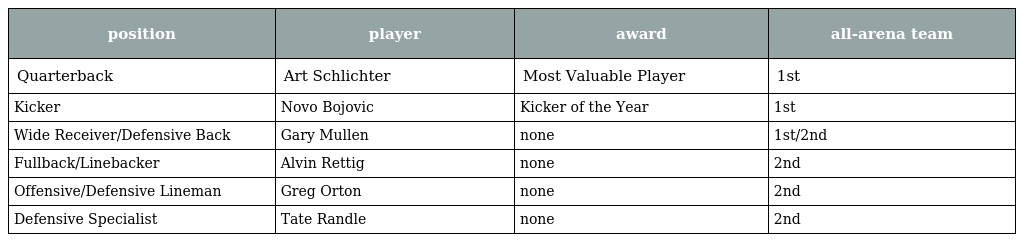
| position | player | award | all-arena team |
 | --- | --- | --- | --- |
 | Quarterback | Art Schlichter | Most Valuable Player | 1st |
 | Kicker | Novo Bojovic | Kicker of the Year | 1st |
 | Wide Receiver/Defensive Back | Gary Mullen | none | 1st/2nd |
 | Fullback/Linebacker | Alvin Rettig | none | 2nd |
 | Offensive/Defensive Lineman | Greg Orton | none | 2nd |
 | Defensive Specialist | Tate Randle | none | 2nd |